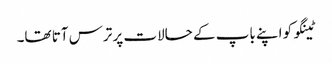
ٹینگو کو اپنے باپ کے حالات پر ترس آتا تھا۔